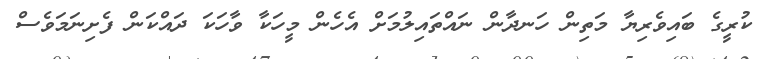
ކުރީގެ ބައިވެރިޔާ މަތިން ހަނދާން ނައްތައިލުމަށް އެހެން މީހަކާ ވާހަކަ ދައްކަން ފެށިނަމަވެސް